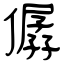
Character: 僝